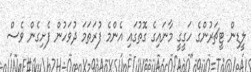
ލީޑިން ޓީޗަރުންގެ ހަގީގީ މާނައިގެ ގޮތުގައި އެންމެ ފުރަތަމަ ދުވަހުން ފެށިގެން ވެސް